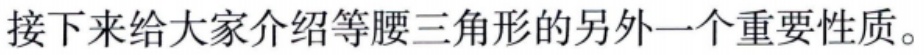
接下来给大家介绍等腰三角形的另外一个重要性质。